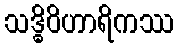
သဒ္ဓိဝိဟာရိကဿ